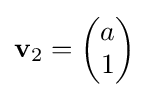
\mathbf {v} _{2}={\begin{pmatrix}a\\1\end{pmatrix}}